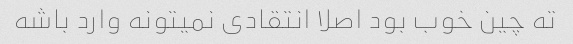
ته چین خوب بود اصلا انتقادی نمیتونه وارد باشه